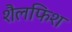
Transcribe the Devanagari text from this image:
शैलफिश